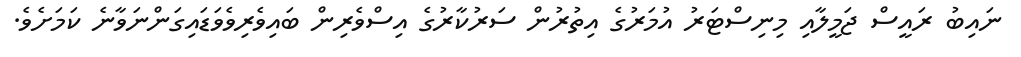
ނައިބު ރައީސް ޖަމީލާއި މިނިސްޓަރު އުމަރުގެ އިތުރުން ސަރުކާރުގެ އިސްވެރިން ބައިވެރިވެވަޑައިގަންނަވާނެ ކަމަށެވެ.